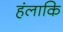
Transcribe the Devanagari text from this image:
हंलाकि